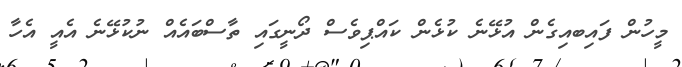
މީހުން ފައިބއިގެން އުޅޭނެ ކުޅެން ކައްޕިވެސް ދޯނީގައި ތާސްބައެއް ނުކުޅޭނެ އެއީ އެހާ